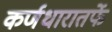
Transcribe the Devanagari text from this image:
कर्णधारातर्फे